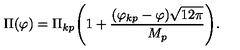
\Pi ( \varphi ) = \Pi _ { k p } \Biggl ( 1 + \frac { ( \varphi _ { k p } - \varphi ) \sqrt { 1 2 \pi } } { M _ { p } } \Biggr ) .